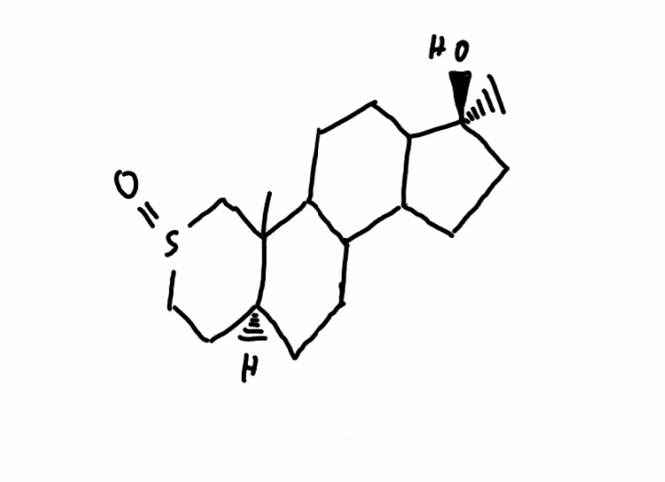
Simplified molecular-input line-entry system (SMILES) notation of the given molecule:
C[C@@]1(CCC2C1CCC3C2CC[C@@H]4C3(CS(=O)CC4)C)O